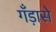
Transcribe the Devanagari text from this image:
गँड़ासे